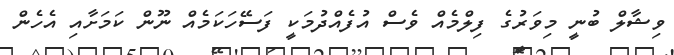
ވިޝާލް ބުނީ މިވަރުގެ ފިލްމެއް ވެސް އުފެއްދުމަކީ ފަސޭހަކަމެއް ނޫން ކަމަށާއި އެހެން